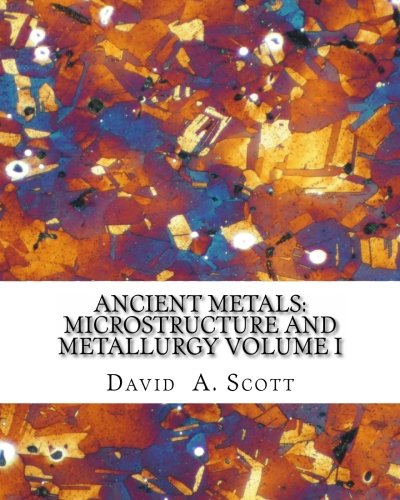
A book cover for Ancient Metals: Microstructure and Metallurgy Volume I; David A. Scott; Science & Math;